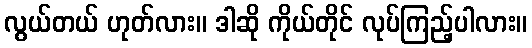
လွယ်တယ် ဟုတ်လား။ ဒါဆို ကိုယ်တိုင် လုပ်ကြည့်ပါလား။